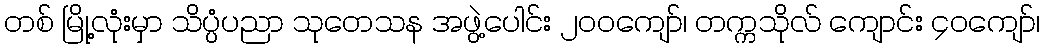
တစ် မြို့လုံးမှာ သိပ္ပံပညာ သုတေသန အဖွဲ့ပေါင်း ၂၀၀ကျော်၊ တက္ကသိုလ် ကျောင်း ၄၀ကျော်၊